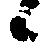
候